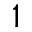
1